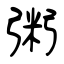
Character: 粥